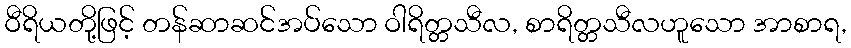
ဝီရိယတို့ဖြင့် တန်ဆာဆင်အပ်သော ဝါရိတ္တသီလ, စာရိတ္တသီလဟူသော အာစာရ,